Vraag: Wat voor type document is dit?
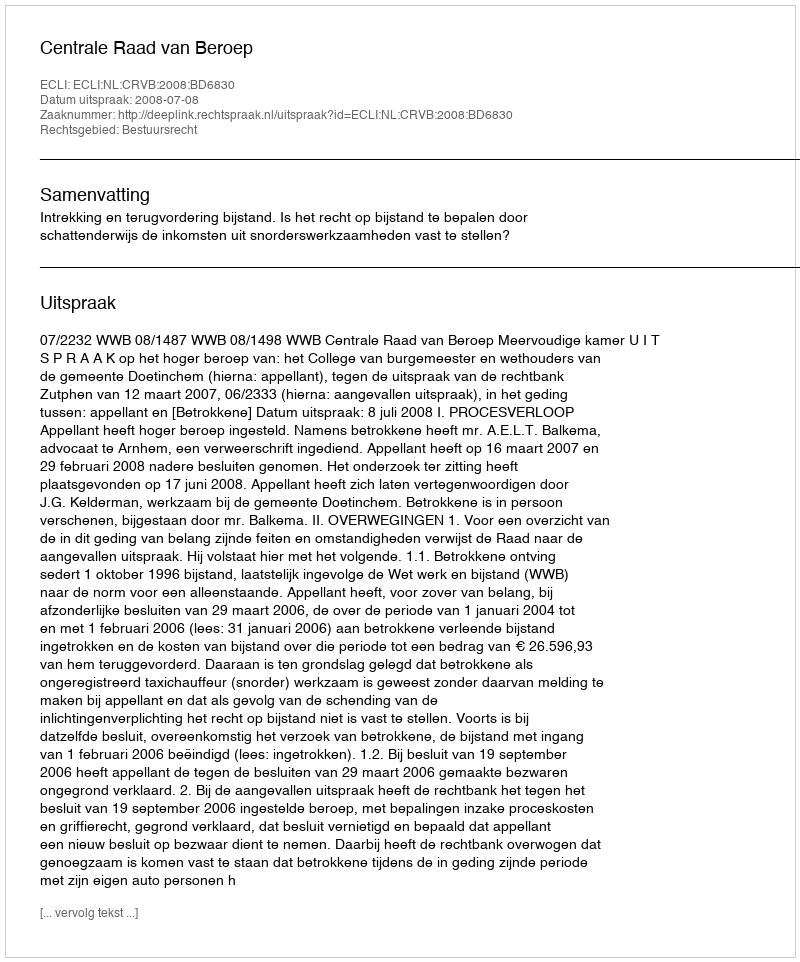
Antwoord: Uitspraak